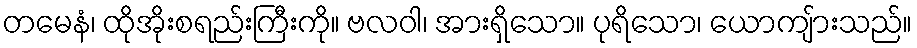
တမေနံ၊ ထိုအိုးစရည်းကြီးကို။ ဗလဝါ၊ အားရှိသော။ ပုရိသော၊ ယောကျ်ားသည်။